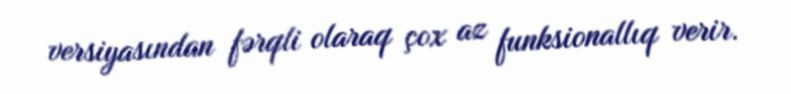
versiyasından fərqli olaraq çox az funksionallıq verir.